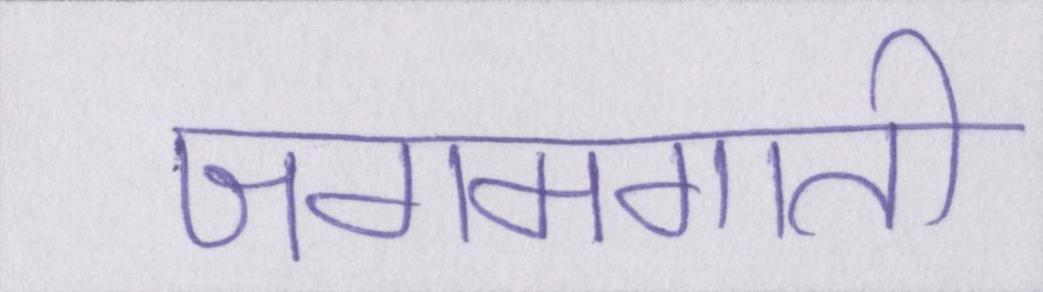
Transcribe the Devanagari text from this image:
जगमगाती